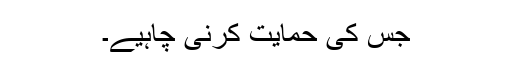
جس کی حمایت کرنی چاہیے۔